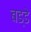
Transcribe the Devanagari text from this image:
बड्डे